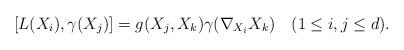
LaTeX: \begin{align*}[L(X_i), \gamma(X_j)]=g(X_j, X_k)\gamma(\nabla_{X_i}X_k)\ \ \ (1\leq i,j\leq d).\end{align*}